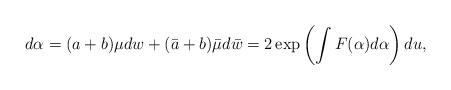
LaTeX: \begin{align*}d\alpha =(a+b)\mu dw + (\bar{a}+b)\bar{\mu}d\bar{w}= 2 \exp \left(\int F(\alpha)d\alpha \right) du,\end{align*}